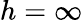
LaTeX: h=\infty